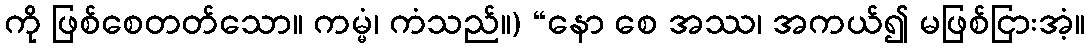
ကို ဖြစ်စေတတ်သော။ ကမ္မံ၊ ကံသည်။) “နော စေ အဿ၊ အကယ်၍ မဖြစ်ငြားအံ့။